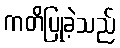
ကတိပြုခဲ့သည်